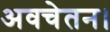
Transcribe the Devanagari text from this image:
अवचेतन।